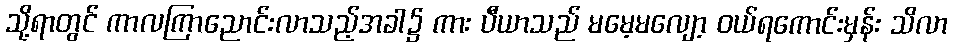
သို့ရာတွင် ကာလကြာညောင်းလာသည့်အခါ၌ ကား ပီယာသည် မမေ့မလျော့ ဝယ်ရကောင်းမှန်း သိလာ